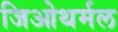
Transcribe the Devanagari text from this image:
जिओथर्मल